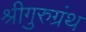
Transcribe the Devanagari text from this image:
श्रीगुरुग्रंथ